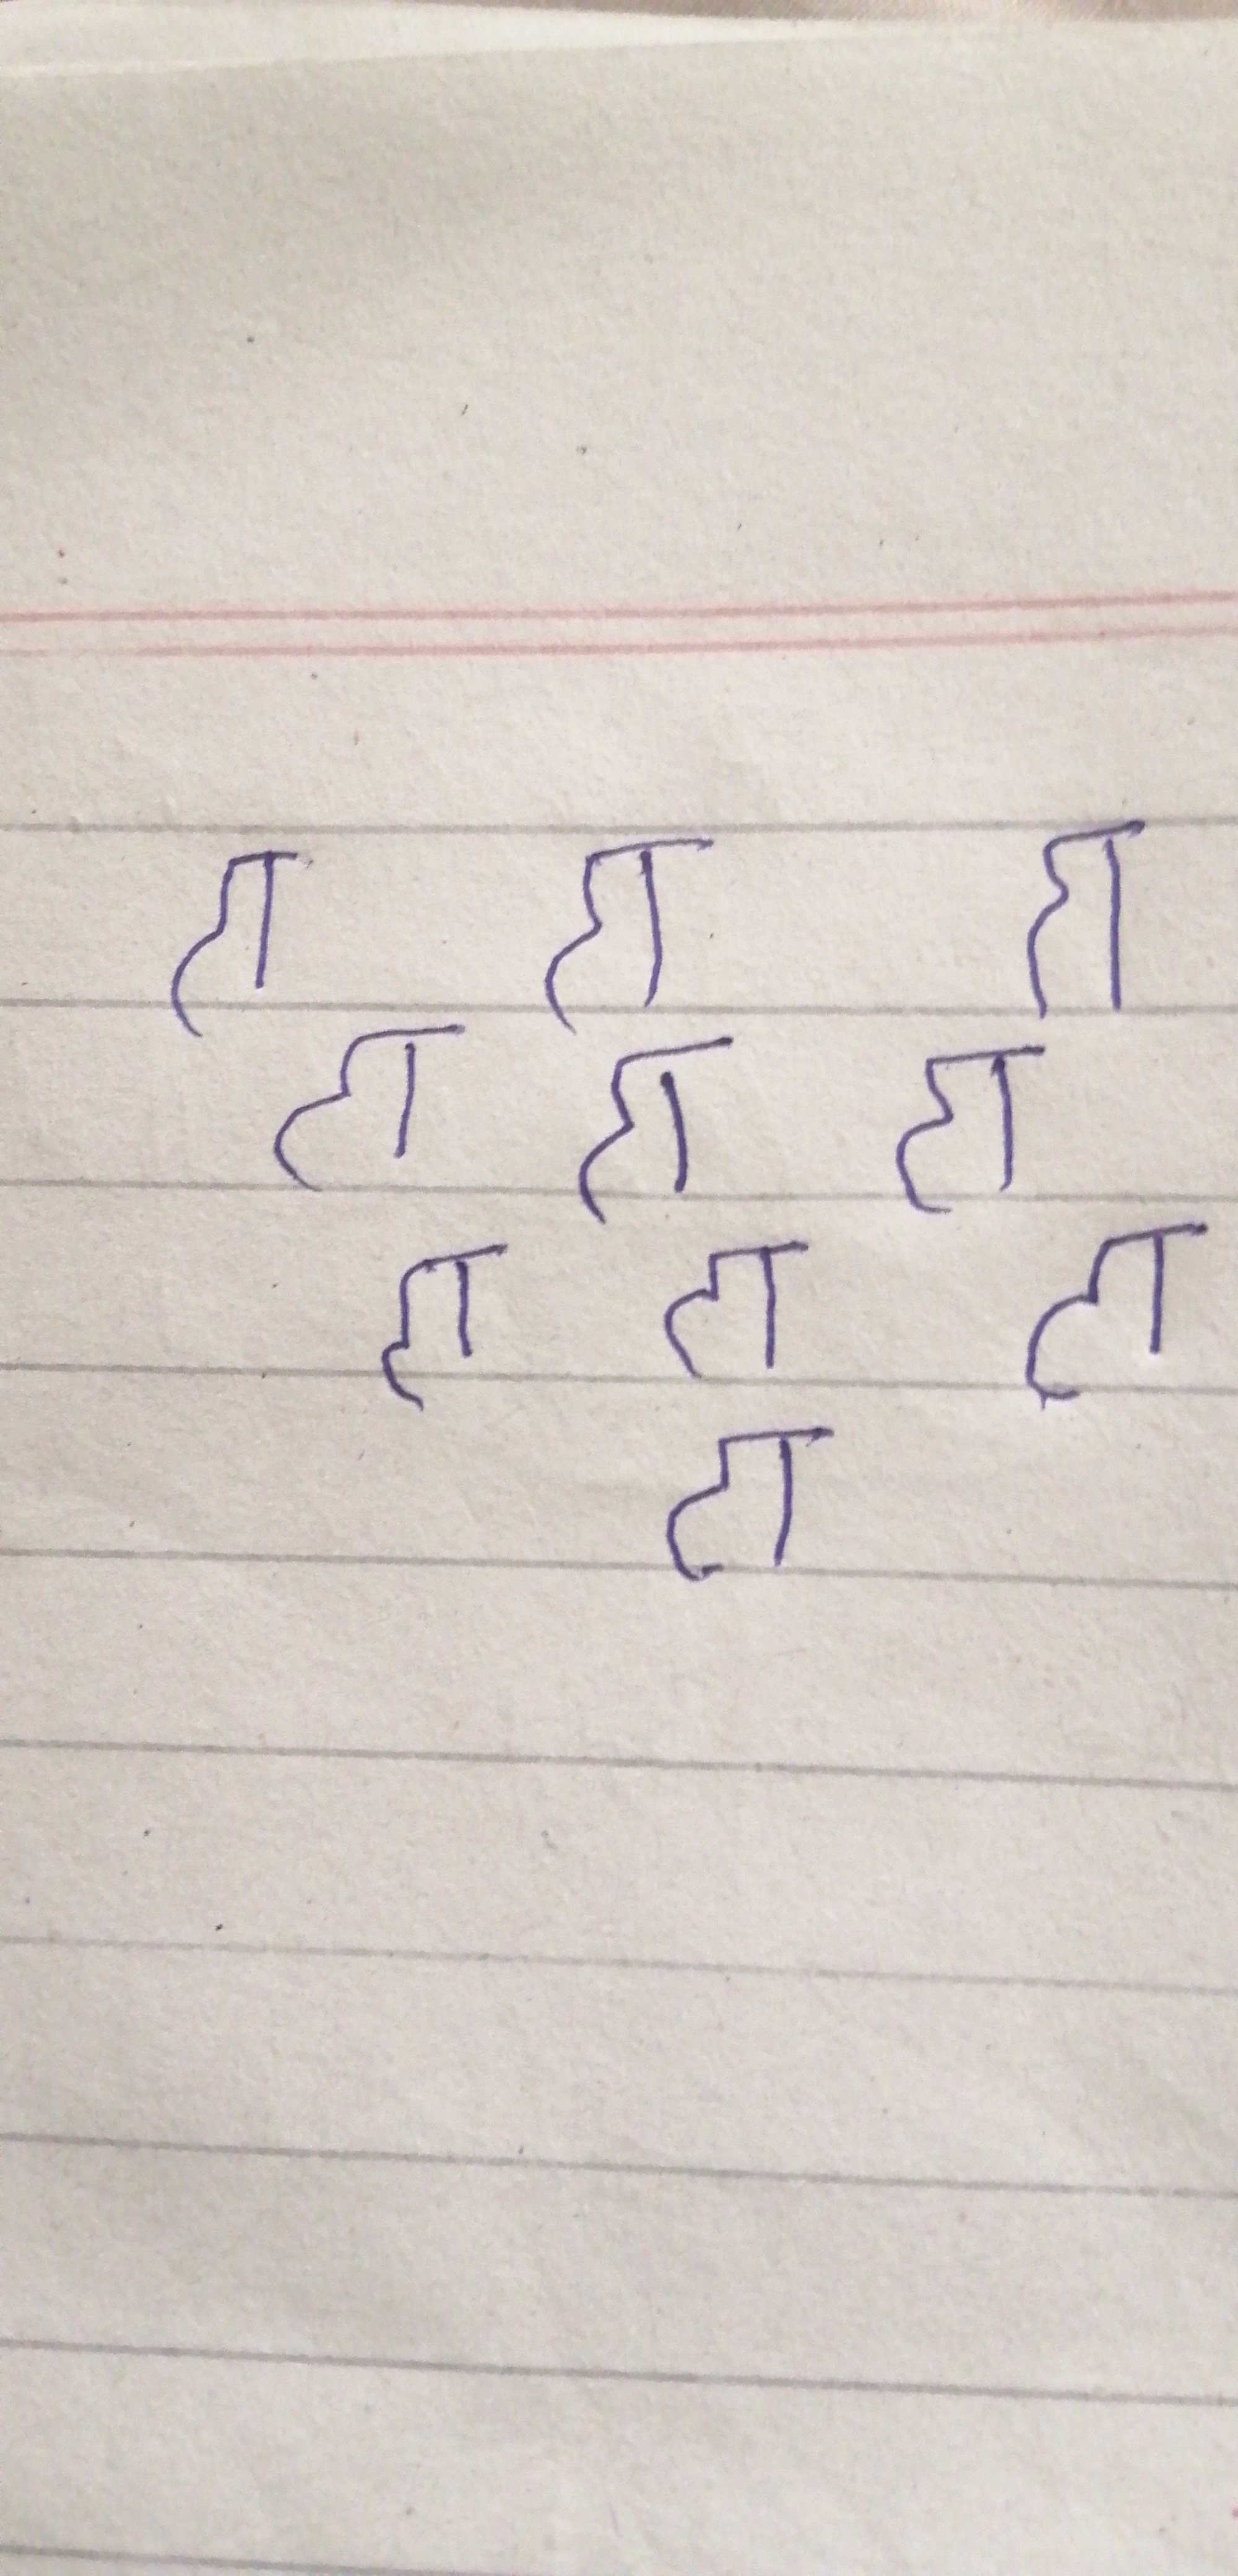
Signature authenticity: forged